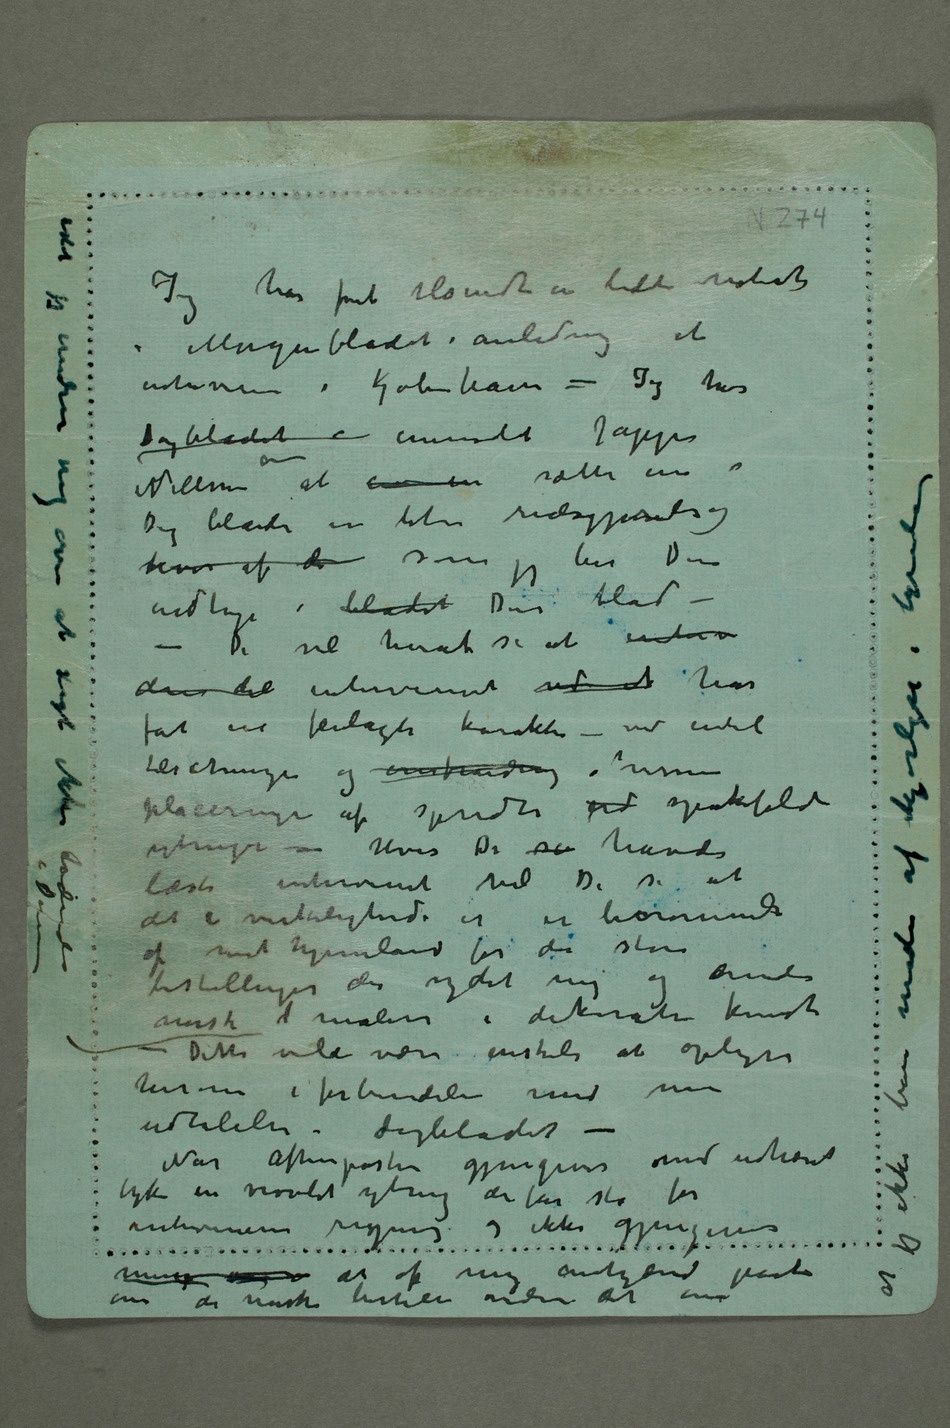
Jeg har fået tilsendt en liden notids
i Morgenbladet i anledning et
interview i Kjøbenhavn – Jeg har
Dagbladet  anmodet Jappe
Nilssen om at  en sætte inn i
Dagbladet en liten redegjørelse og
hvor af de som jeg ber Dem
indtage i bladet Deres blad –
– De vil heraf se at interv
den del interviewet ved et har
fåt en feilagti karakter – ved endel
placeringe af spredte yd spøkefulde
ytringer – Hvis De så havde
læst interviewet vil De se at
af mit hjemland for de store
bestillinger det ydet mig og andre
norske  malere i dekorativ kunst
– Dette vilde være ønskeli at oplyse
herom i forbindelse med min
udtalelse i Dagbladet
– Når Aftenposten gjengiver med udhævet
interviewerens regning og ikke gjengiver
om den norske bestilling vidner det om at jeg